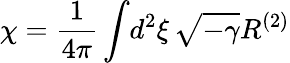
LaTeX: \chi={\frac{1}{4\pi}}\int\! d^{2}\xi\, \sqrt{-\gamma}R^{(2)}